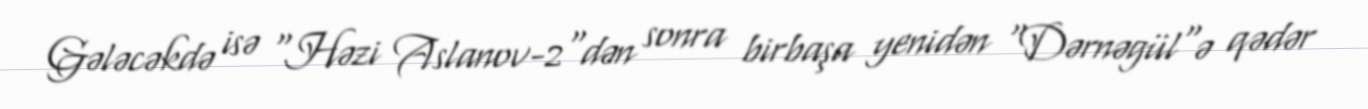
Gələcəkdə isə "Həzi Aslanov-2"dən sonra birbaşa yenidən "Dərnəgül"ə qədər